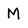
Character: M